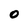
Character: O